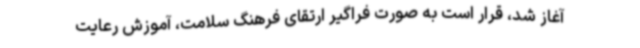
آغاز شد، قرار است به صورت فراگیر ارتقای فرهنگ سلامت، آموزش رعایت